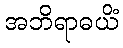
အဘိရာဓယိံ